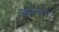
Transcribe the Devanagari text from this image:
कासन